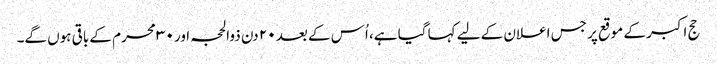
حج اکبر کے موقع پر جس اعلان کے لیے کہا گیا ہے، اُس کے بعد ۲۰ دن ذوالحجہ اور ۳۰ محرم کے باقی ہوں گے۔